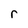
Character: r